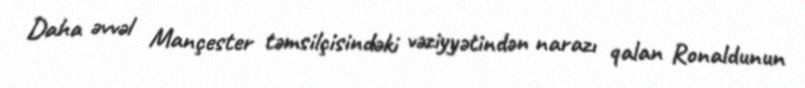
Daha əvvəl Mançester təmsilçisindəki vəziyyətindən narazı qalan Ronaldunun